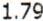
1.79